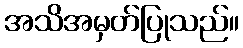
အသိအမှတ်ပြုသည်။